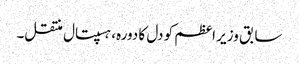
سابق وزیر اعظم کو دل کا دورہ، ہسپتال منتقل۔